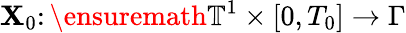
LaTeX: \mathbf{X}_{0}\colon\ensuremath{{\mathbb{{T}}}}^{1}\times[0,T_{0}]\rightarrow\Gamma